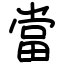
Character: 當